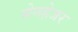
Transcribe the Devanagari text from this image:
सेनहेजर